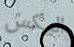
اليكس